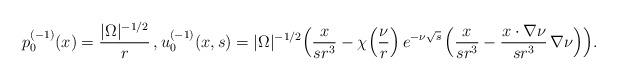
LaTeX: \begin{align*} p_0^{(-1)}(x)= \frac{|\Omega|^{-1/2}}r \, , u_0^{(-1)}(x,s) = |\Omega|^{-1/2} \Big(\frac{x}{sr^3} - \chi\Big( \frac{\nu}r \Big)\, e^{-\nu\sqrt{s}}\, \Big( \frac{x}{sr^3}- \frac{x\cdot\nabla\nu}{sr^3}\, \nabla\nu\Big)\Big).\end{align*}